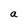
Character: a